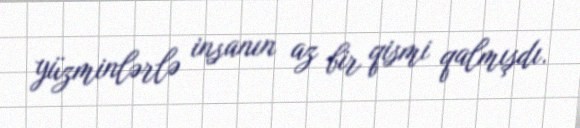
yüzminlərlə insanın az bir qismi qalmışdı.